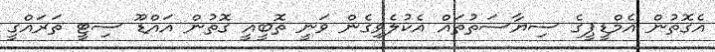
އެގޮތުން އެމްޑީޕީގެ ސިޔާސަތުތައް އެކުލެވިގެން ވަނީ ތޮބީއީ ގޮތުން އައްޑޫ ސިޓީ ތަރައްގީ